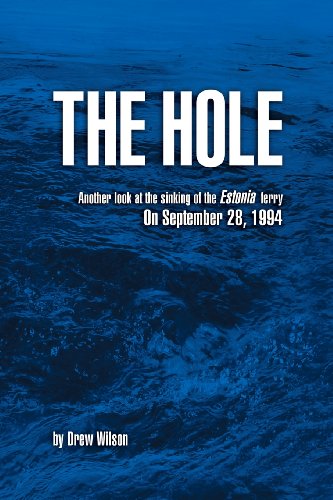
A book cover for The Hole: Another look at the sinking of the Estonia ferry on September 28, 1994; Drew Wilson; Travel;